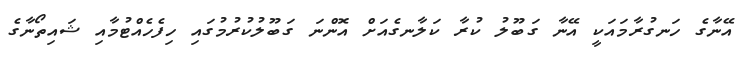
އޭނާގެ ހަނގުރާމައަކީ އޭނާ ގަބޫލު ކުރާ ކަލާނގެއަށް އޮންނަ ގަބޫލުކުރުމުގައި ހިފެހެއްޓުމާއި ޝައިތޯނާގެ